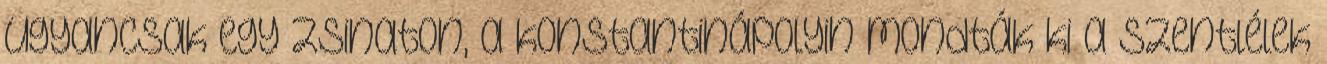
ugyancsak egy zsinaton, a konstantinápolyin mondták ki a szentlélek